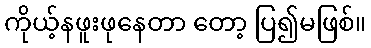
ကိုယ့်နဖူးဖုနေတာ တော့ ပြ၍မဖြစ်။